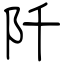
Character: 阡